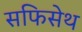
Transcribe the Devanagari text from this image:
सफिसेथ